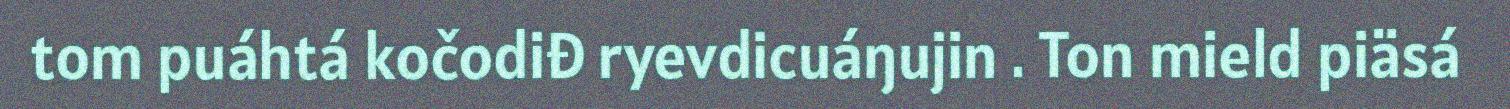
tom puáhtá kočodiđ ryevdicuáŋujin . Ton mield piäsá